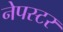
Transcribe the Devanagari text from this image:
नेपस्टर